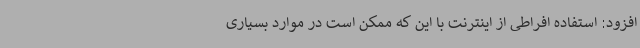
افزود: استفاده افراطی از اینترنت با این که ممکن است در موارد بسیاری